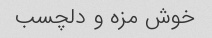
خوش مزه و دلچسب